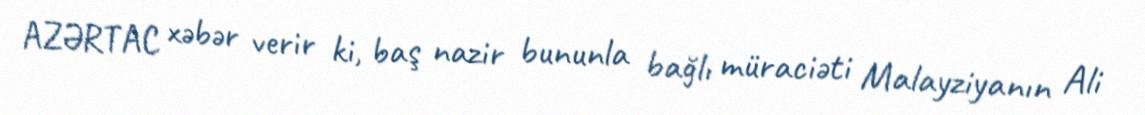
AZƏRTAC xəbər verir ki, baş nazir bununla bağlı müraciəti Malayziyanın Ali